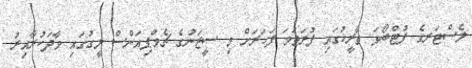
ލެސްޓަރގެ ފުޓްބޯޅަ ތާރީޚުގައި ފުރަތަމަ ފަހަރަށް މި ސީޒަނުގެ ޗެމްޕިއަންސް ލީގުގައި ވާދަކުރާއިރު